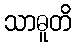
သာဓူတိ